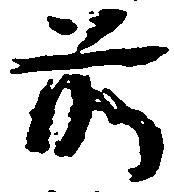
前